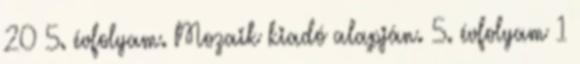
20 5. évfolyam. Mozaik kiadó alapján. 5. évfolyam 1